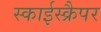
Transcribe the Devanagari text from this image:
स्काईस्क्रैपर